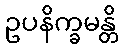
ဥပနိက္ခမန္တိ